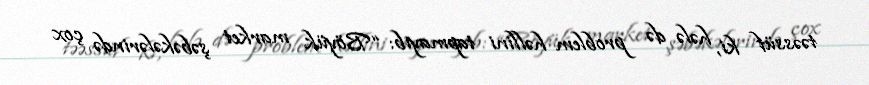
təəssüf ki, hələ də problem həllini tapmayıb: “Böyük market şəbəkələrində çox